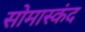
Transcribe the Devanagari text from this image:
सोमास्कंद